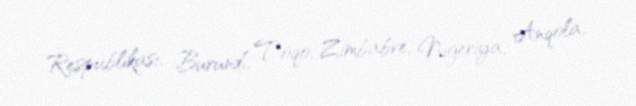
Respublikası, Burundi, Toqo, Zimbabve, Nigeriya, Anqola..